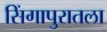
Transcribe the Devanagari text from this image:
सिंगापुरातला